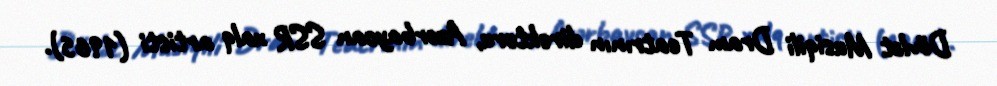
Dövlət Musiqili Dram Teatrının direktoru, Azərbaycan SSR xalq artisti (1965).